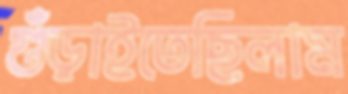
গুঁড়াইতেছিলাম